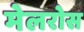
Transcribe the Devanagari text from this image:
मेलरोस